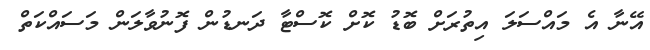
އޭނާ އެ މައްސަލަ އިތުރަށް ބޮޑު ކޮށް ކޮސްޓާ ދަނޑުން ފޮނުވާލަން މަސައްކަތް